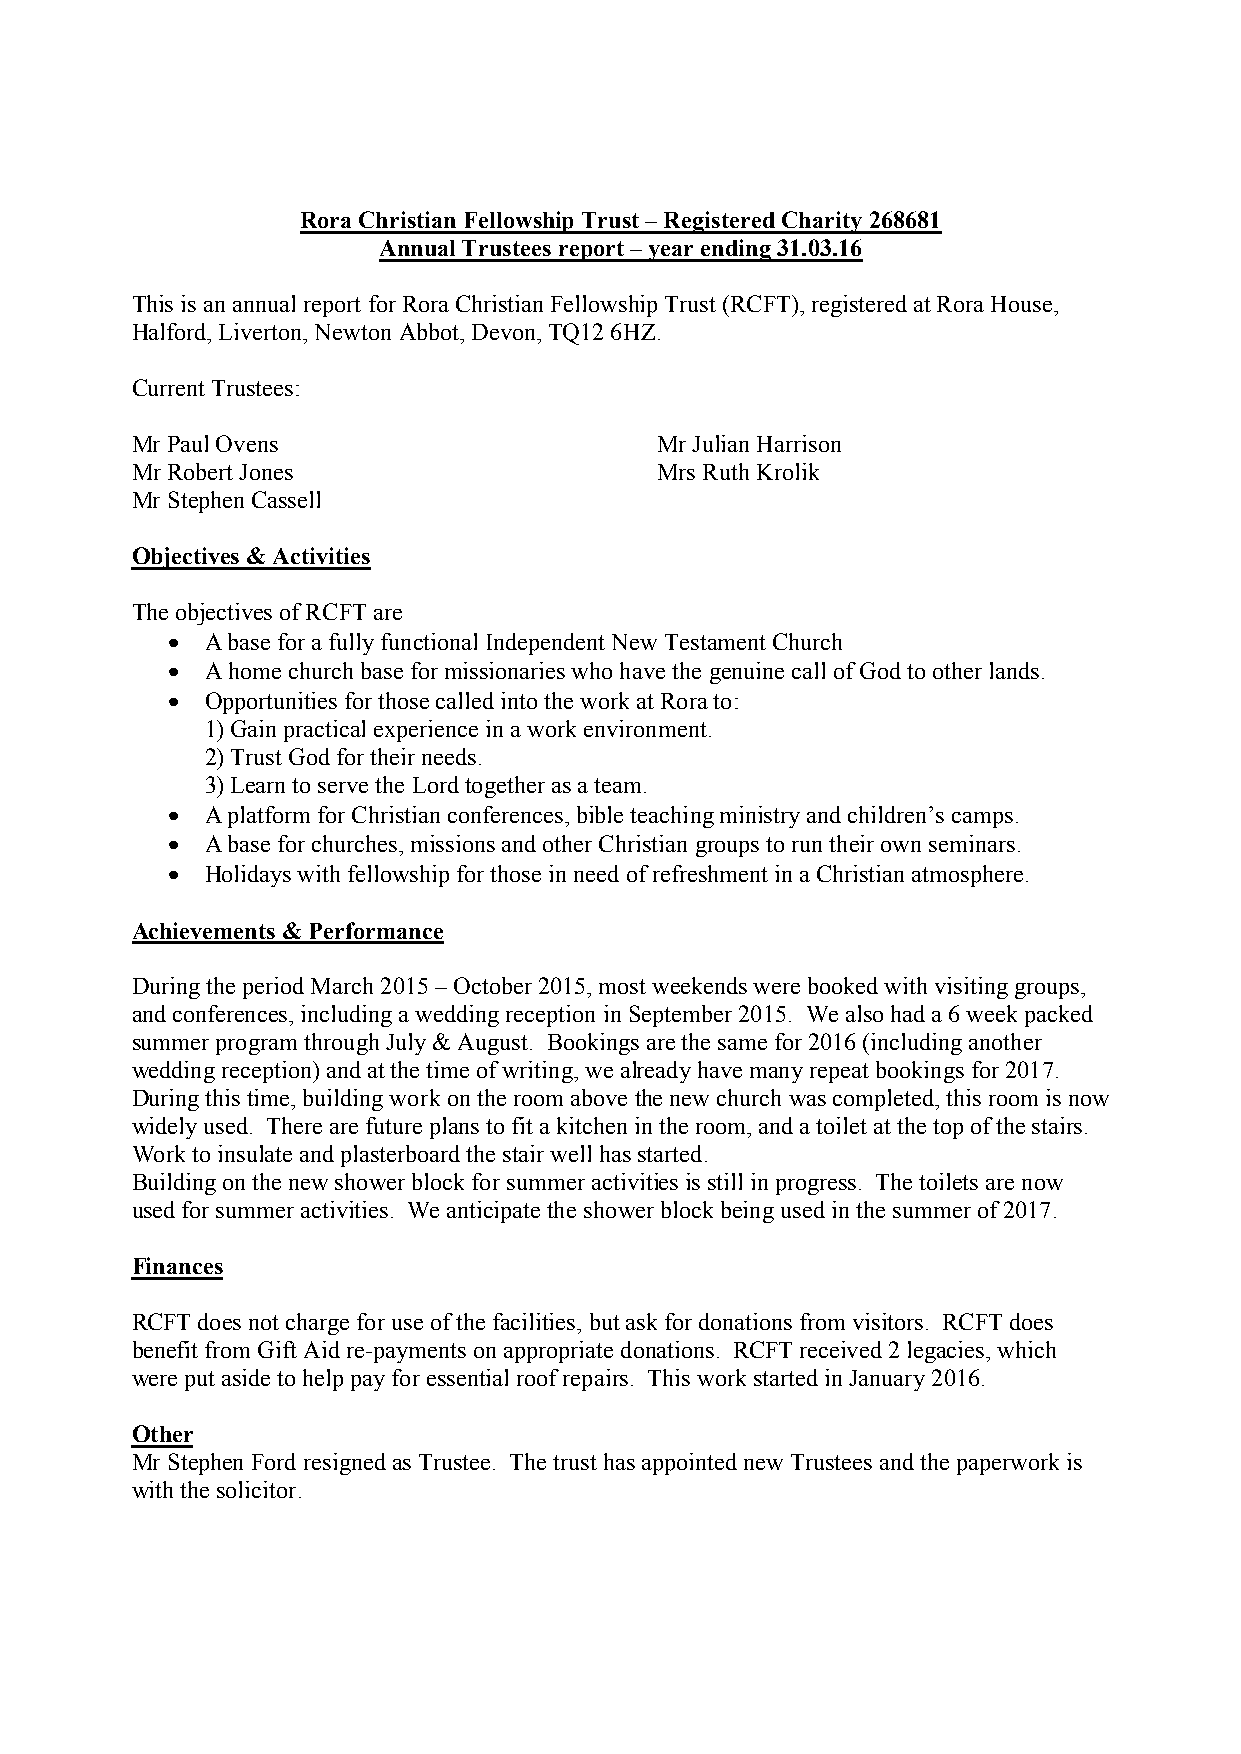
Rora Christian Fellowship Trust – Registered Charity 268681
 Annual Trustees report – year ending 31.03.16
 This is an annual report for Rora Christian Fellowship Trust (RCFT), registered at Rora House,
 Halford, Liverton, Newton Abbot, Devon, TQ12 6HZ.
 Current Trustees:
 Mr Paul Ovens                     Mr Julian Harrison
 Mr Robert Jones                   Mrs Ruth Krolik
 Mr Stephen Cassell
 Objectives & Activities
 The objectives of RCFT are
 •  A base for a fully functional Independent New Testament Church
 •  A home church base for missionaries who have the genuine call of God to other lands.
 •  Opportunities for those called into the work at Rora to:
 1) Gain practical experience in a work environment.
 2) Trust God for their needs.
 3) Learn to serve the Lord together as a team.
 •  A platform for Christian conferences, bible teaching ministry and children’s camps.
 •  A base for churches, missions and other Christian groups to run their own seminars.
 •  Holidays with fellowship for those in need of refreshment in a Christian atmosphere.
 Achievements & Performance
 During the period March 2015 – October 2015, most weekends were booked with visiting groups,
 and conferences, including a wedding reception in September 2015. We also had a 6 week packed
 summer program through July & August. Bookings are the same for 2016 (including another
 wedding reception) and at the time of writing, we already have many repeat bookings for 2017.
 During this time, building work on the room above the new church was completed, this room is now
 widely used. There are future plans to fit a kitchen in the room, and a toilet at the top of the stairs.
 Work to insulate and plasterboard the stair well has started.
 Building on the new shower block for summer activities is still in progress. The toilets are now
 used for summer activities. We anticipate the shower block being used in the summer of 2017.
 Finances
 RCFT does not charge for use of the facilities, but ask for donations from visitors. RCFT does
 benefit from Gift Aid re-payments on appropriate donations. RCFT received 2 legacies, which
 were put aside to help pay for essential roof repairs. This work started in January 2016.
 Other
 Mr Stephen Ford resigned as Trustee. The trust has appointed new Trustees and the paperwork is
 with the solicitor.